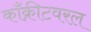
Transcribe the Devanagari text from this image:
काँक्रीटवरल